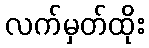
လက်မှတ်ထိုး